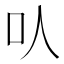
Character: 㕥